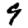
Digit: 9